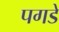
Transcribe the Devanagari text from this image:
पगडे